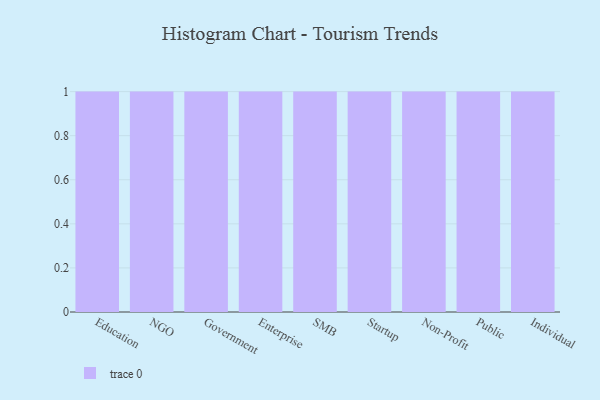
{"axis": {"x": "Segment", "y": "Conversion Rate (%)"}, "legend": [""], "data": [{"x": "Education", "y": 67, "type": ""}, {"x": "NGO", "y": 60, "type": ""}, {"x": "Government", "y": 71, "type": ""}, {"x": "Enterprise", "y": 90, "type": ""}, {"x": "SMB", "y": 31, "type": ""}, {"x": "Startup", "y": 1, "type": ""}, {"x": "Non-Profit", "y": 40, "type": ""}, {"x": "Public", "y": 5, "type": ""}, {"x": "Individual", "y": 92, "type": ""}]}